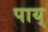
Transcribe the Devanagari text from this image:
पाय्